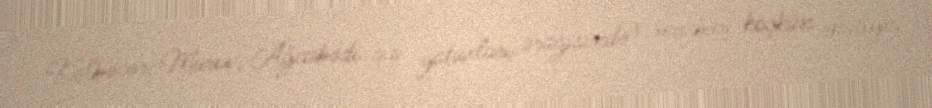
Kəlbəcər-Murov, Ağcabədi qış yataxları ərazisində) məcburi köçkün əhaliyə,